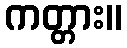
ကတ္တား။